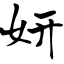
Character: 妍